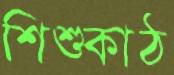
শিশুকাঠ